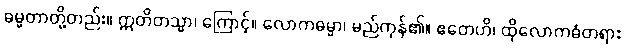
ဓမ္မတာတို့တည်း။ ဣတိတသ္မာ၊ ကြောင့်။ လောကဓမ္မာ၊ မည်ကုန်၏။ ဧတေဟိ၊ ထိုလောကဓံတရား